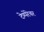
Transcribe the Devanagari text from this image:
टेम्पेरेचर